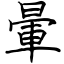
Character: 暈